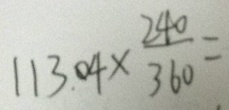
1 1 3 . 0 4 \times \frac { 2 4 0 } { 3 6 0 } =